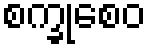
စက္ခုစေဝ